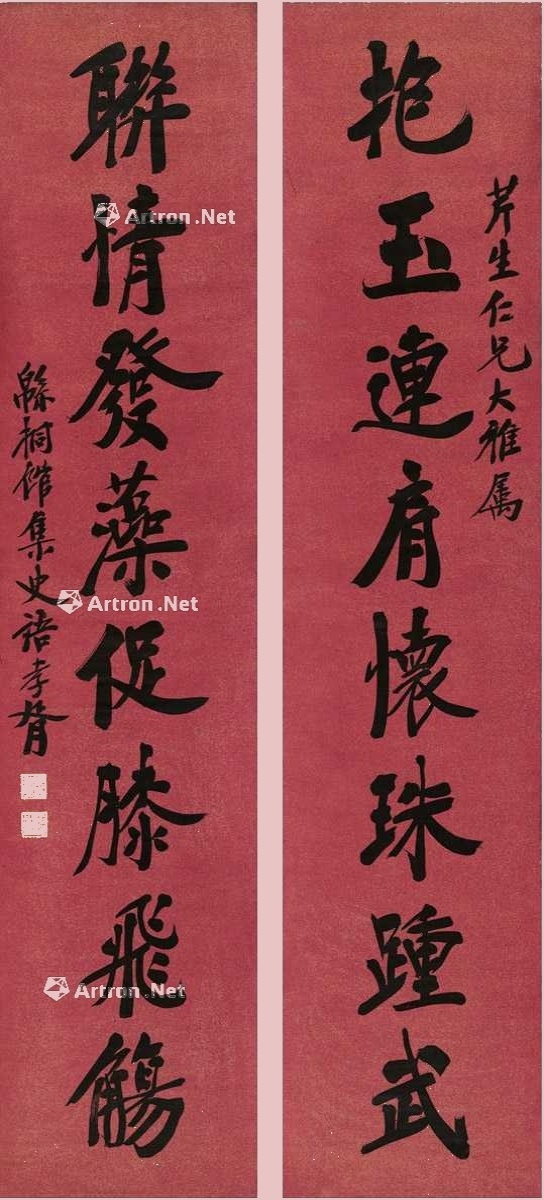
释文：抱玉连肩怀珠踵武，联情发藻促膝飞觞。芹生仁兄大雅属，绵桐馆集史语。孝胥。